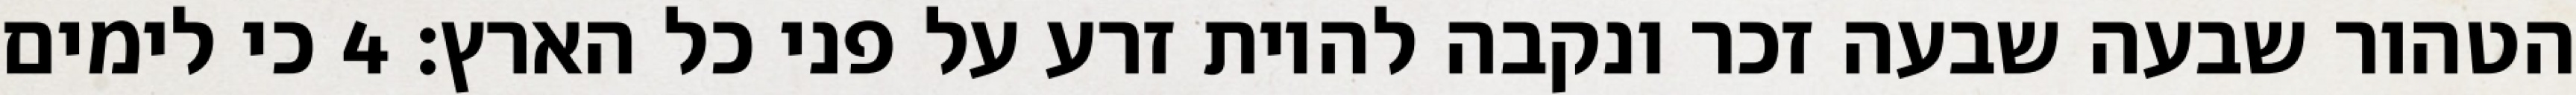
הטהור שבעה שבעה זכר ונקבה להיות זרע על פני כל הארץ׃ ‎4‏ כי לימים